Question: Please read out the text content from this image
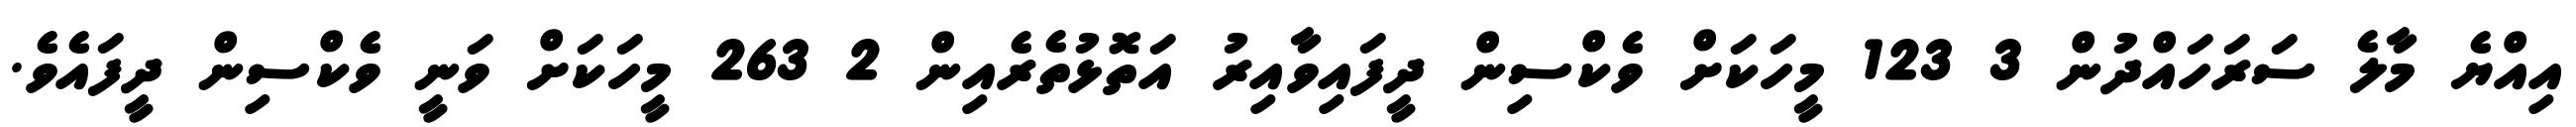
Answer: އިއްޔެ މާލެ ސަރަހައްދުން 3 123 މީހަކަށް ވެކްސިން ދީފައިވާއިރު އަތޮޅުތެރެއިން 2 263 މީހަކަށް ވަނީ ވެކްސިން ދީފައެވެ.